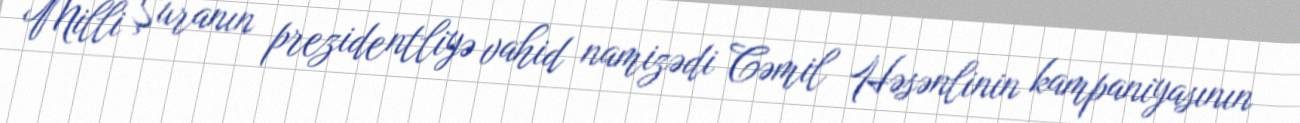
Milli Şuranın prezidentliyə vahid namizədi Cəmil Həsənlinin kampaniyasının